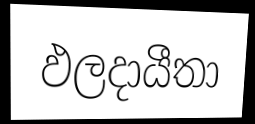
ඵලදායීතා